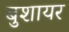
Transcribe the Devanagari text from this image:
बुशायर